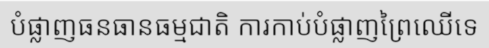
បំផ្លាញធនធានធម្មជាតិ ការកាប់បំផ្លាញព្រៃឈើទេ